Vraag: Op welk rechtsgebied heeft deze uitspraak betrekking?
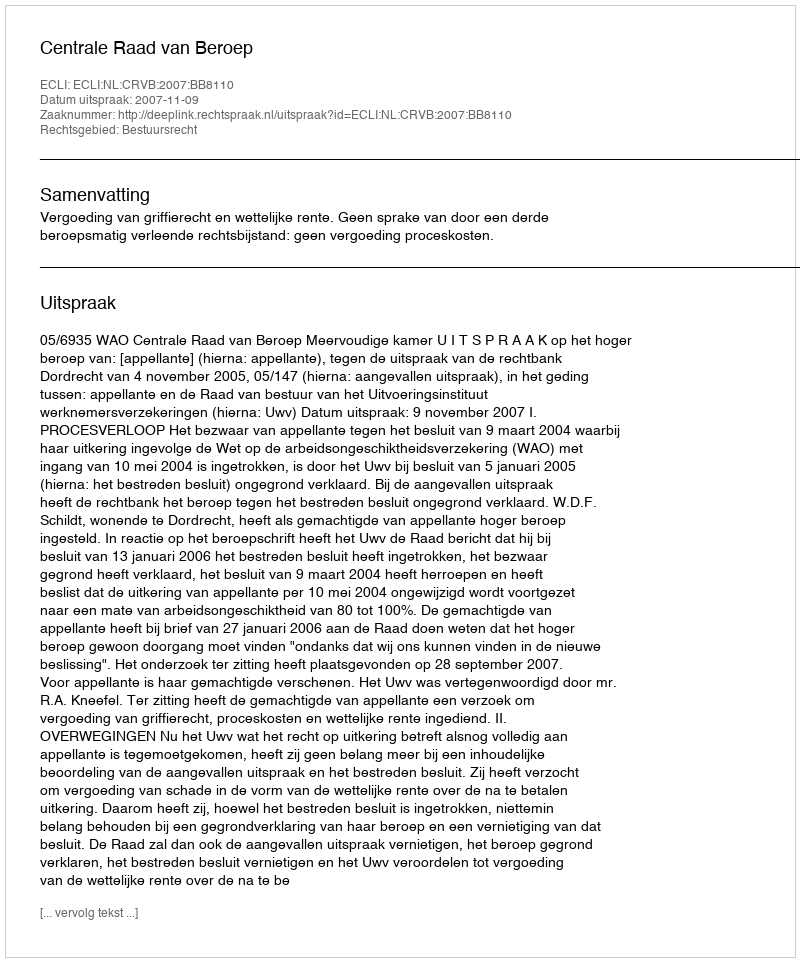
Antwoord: Bestuursrecht